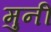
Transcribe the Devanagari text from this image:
मुनीं